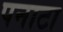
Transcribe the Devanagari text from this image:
पनाटा